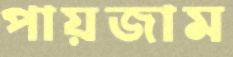
পায়জাম